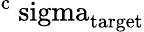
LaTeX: \mathrm{^c\ sigma_{\mathrm{target}}}